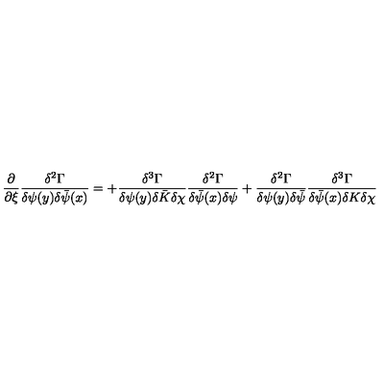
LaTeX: \frac { \partial } { \partial \xi } \frac { \delta ^ { 2 } \Gamma } { \delta \psi ( y ) \delta \bar { \psi } ( x ) } = + \frac { \delta ^ { 3 } \Gamma } { \delta \psi ( y ) \delta \bar { K } \delta \chi } \frac { \delta ^ { 2 } \Gamma } { \delta \bar { \psi } ( x ) \delta \psi } + \frac { \delta ^ { 2 } \Gamma } { \delta \psi ( y ) \delta \bar { \psi } } \frac { \delta ^ { 3 } \Gamma } { \delta \bar { \psi } ( x ) \delta K \delta \chi }